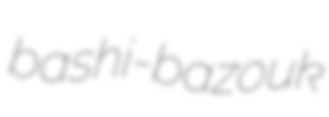
bashi-bazouk